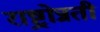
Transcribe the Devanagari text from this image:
राष्ट्रोन्नती